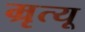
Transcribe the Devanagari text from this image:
म्रृत्यू